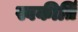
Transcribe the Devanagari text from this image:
स्वकीर्तिं